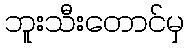
ဘူးသီးတောင်မှ